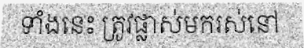
ទាំងនេះ ត្រូវផ្លាស់មករស់នៅ